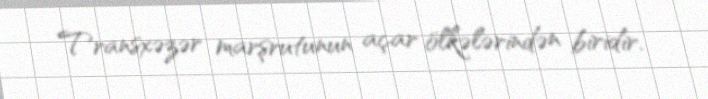
Transxəzər marşrutunun açar ölkələrindən biridir.